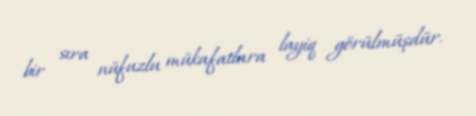
bir sıra nüfuzlu mükafatlara layiq görülmüşdür.